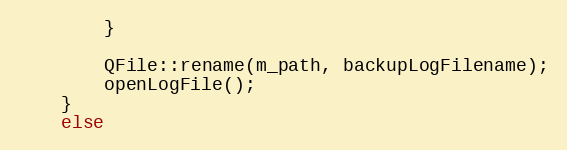
Language: C++
        }

        QFile::rename(m_path, backupLogFilename);
        openLogFile();
    }
    else